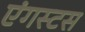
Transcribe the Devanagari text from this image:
एंगस्टस